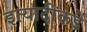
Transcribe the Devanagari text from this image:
इत्यादींकडे